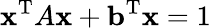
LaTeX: \mathbf{x}^{\mathrm{T}}A\mathbf{x}+\mathbf{b}^{\mathrm{T}}\mathbf{x}=1